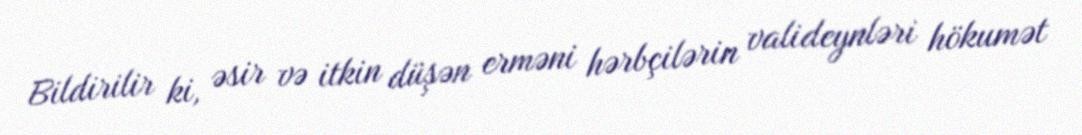
Bildirilir ki, əsir və itkin düşən erməni hərbçilərin valideynləri hökumət